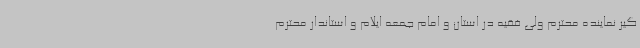
گیر نماینده محترم ولی فقیه در استان و امام جمعه ایلام و استاندار محترم